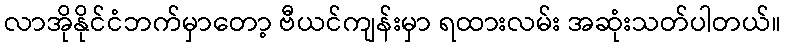
လာအိုနိုင်ငံဘက်မှာတော့ ဗီယင်ကျန်းမှာ ရထားလမ်း အဆုံးသတ်ပါတယ်။